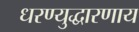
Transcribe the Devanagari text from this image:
धरण्युद्धारणाय